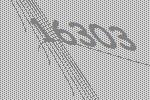
16303